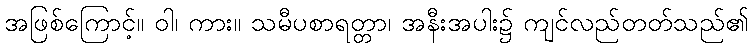
အဖြစ်ကြောင့်။ ဝါ၊ ကား။ သမီပစာရတ္တာ၊ အနီးအပါး၌ ကျင်လည်တတ်သည်၏